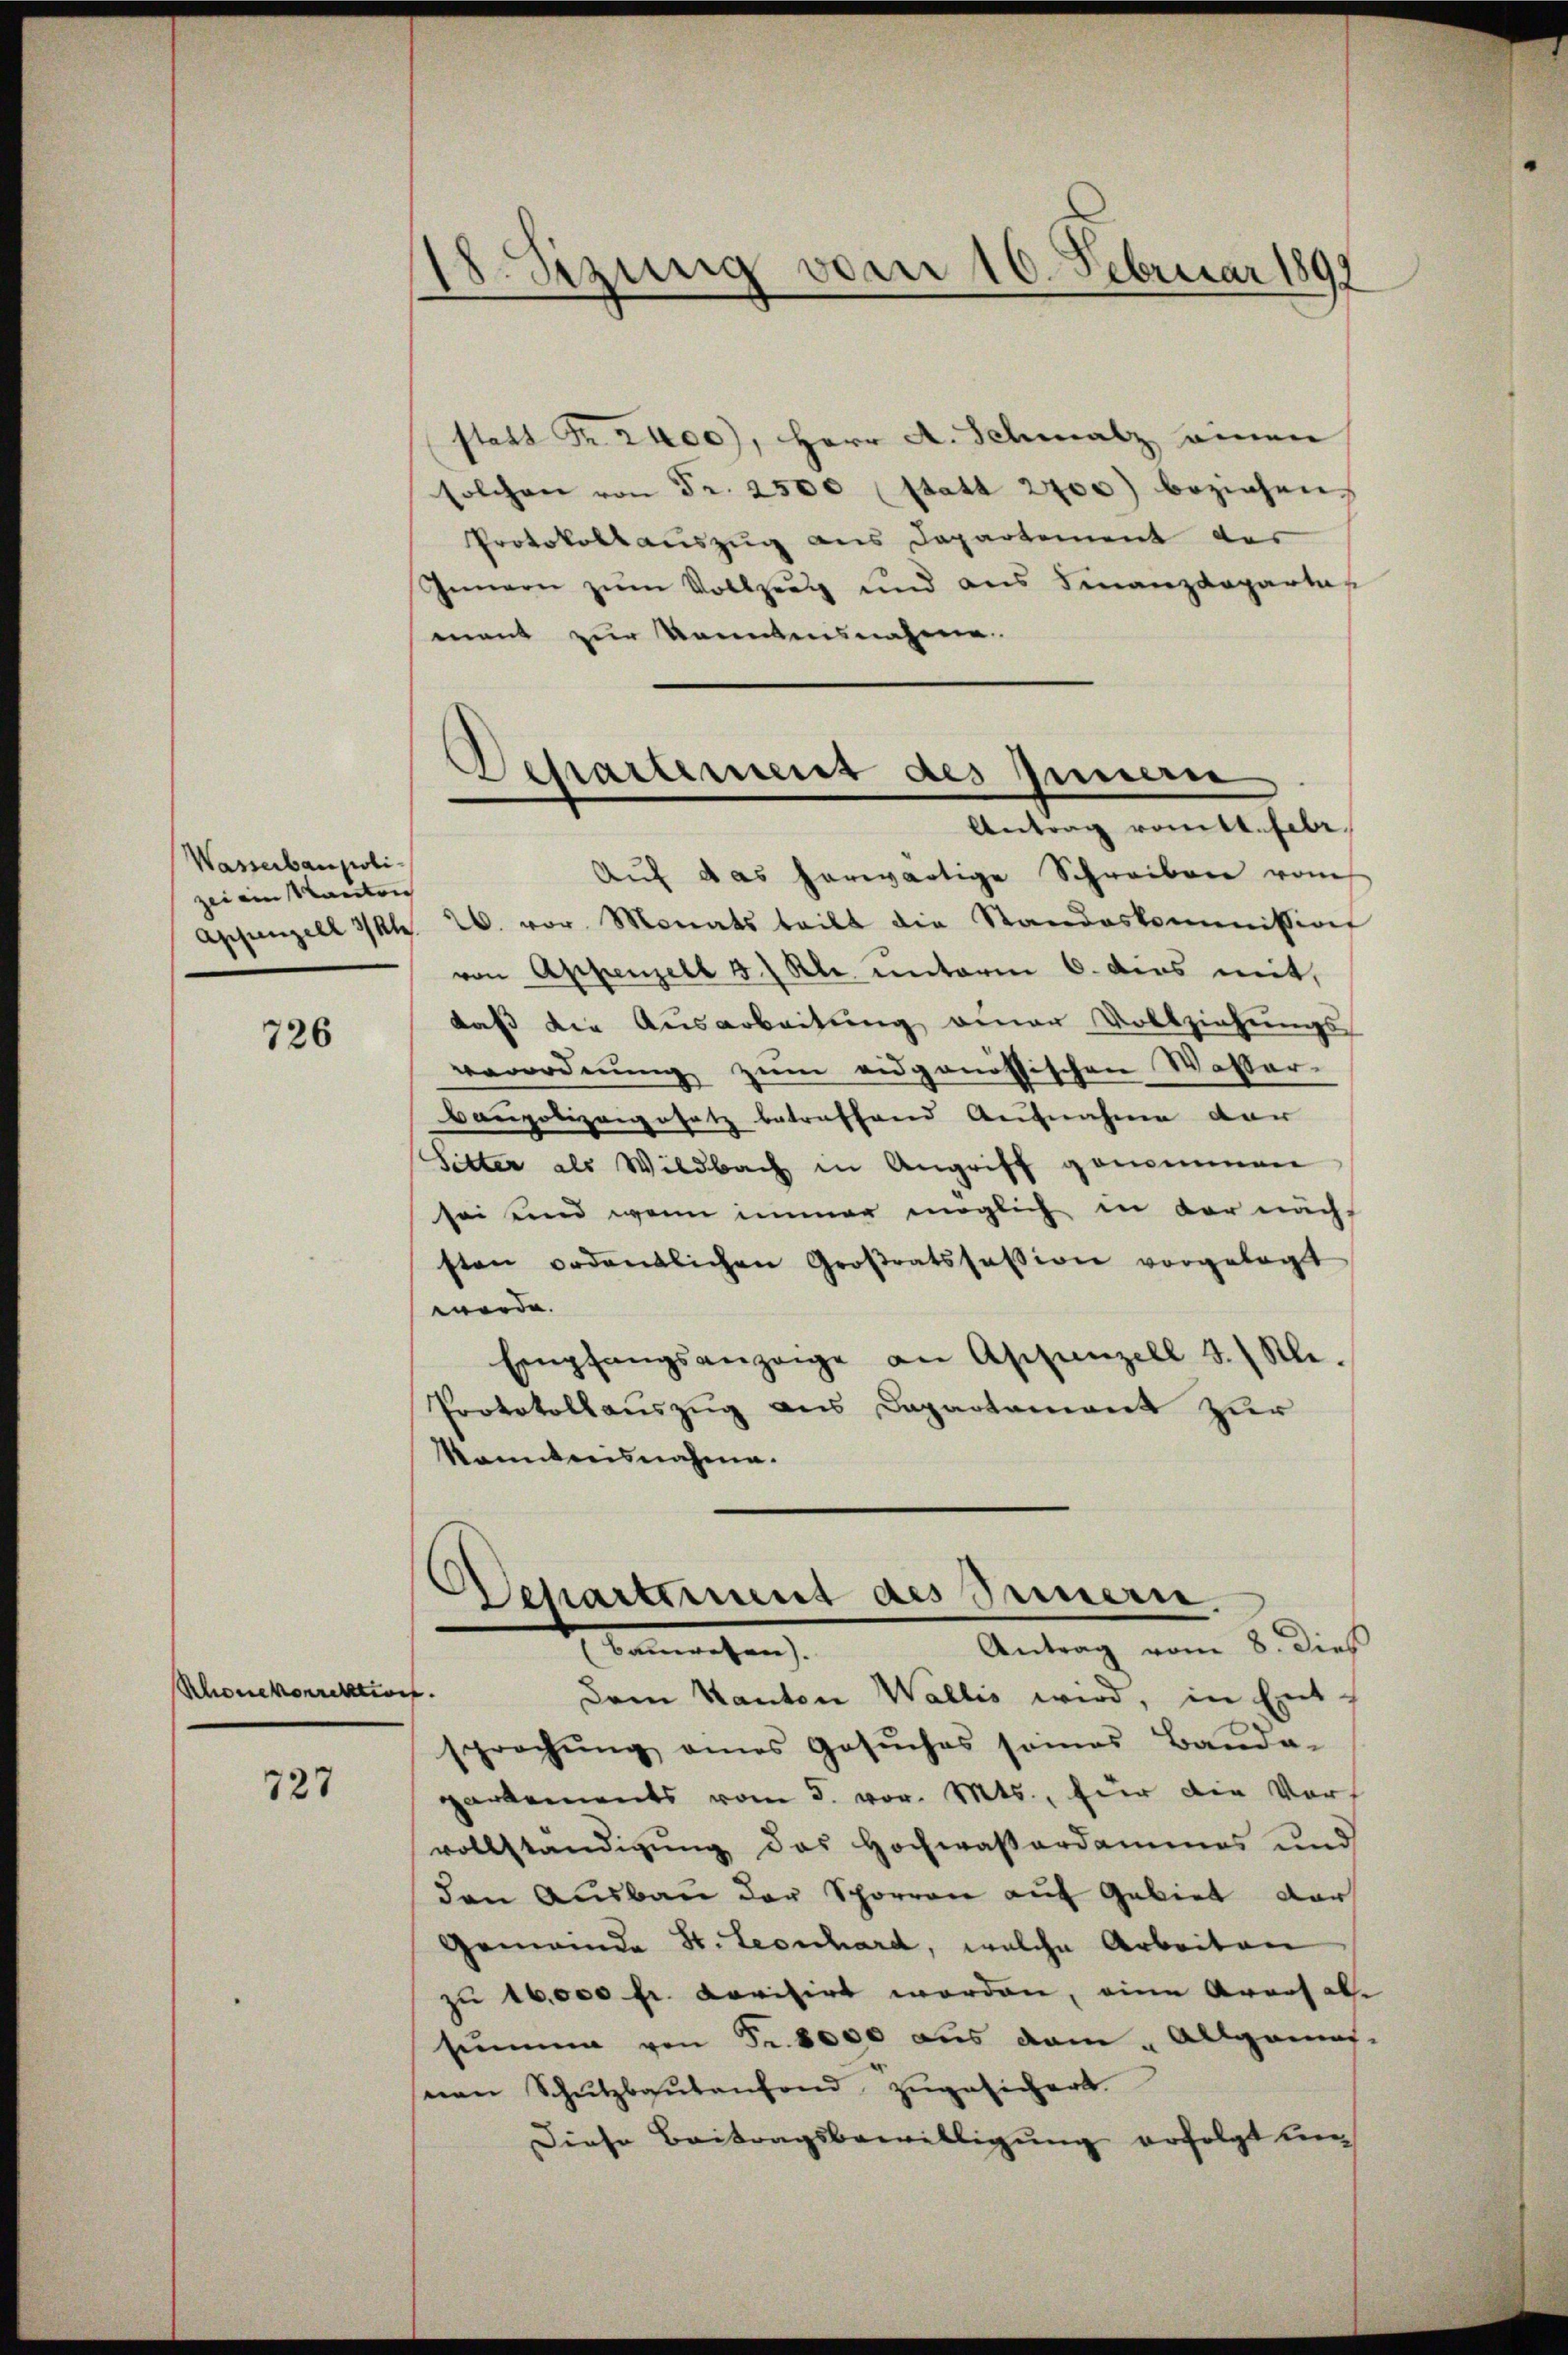
Wasserbaupolizei ein Kanton

726

Rhonekorrektion

727

18. Sitzung vom 10. Februar 1891

statt Fr. 2400), Herr A. Schmalz einen
solchen von Fr. 2500 (statt 2700) beziehen,
Protokollauszug aus Departement der
Innern zŭm Vollzeug und aus Finanzdepartas
mant zur konntensnahme
Auf das herwärtige Schreiben vom
Appenzell I/Rh. 26. vor. Monats teilt die Standeskommission
von Appenzell 3.) Kl. unterm 6. dies mit,
daß die Ausarbeitung einer Vollziehungs-
verordnung zum eidgenössischen Wasser-
baupolizeigesetz betreffend Aufnahme der
Sitter als Wildbach in Angriff genommen
sei und wenn immer möglich in der nach
sten ordentlichen Großratssession vorgelegt
werde.
Empfangsanzeige an Aschanzell I. Kle.
Protokollauszug aus Dapartament zur
kanntnisnahme.

Departement des Innern
Antrag romtl. Febr.

Departement des Sinnern.
Antrag vom 8. dieß
Anwachen
Dem Kanton Wallis wird, in Ent¬

sprechŭng eines Gesŭches somas Baŭda-
partements vom 5. vor. Mts., für die Vors
vollständigŭng das Hochwaβordammes und
den Ausbau der Sporren auf Gebiet dar
Gemeinde St. Leonhard, welche Arbeiten
zu 16,000 fr. Lorisirt worden, eine Arres abe
summe von Fr. 8000 aus dem „Allgemes-
nen Schŭtzbaŭtenfond zŭgesichert.
Diese Beitragsbewilligung erfolgt un